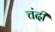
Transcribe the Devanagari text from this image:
चंदी